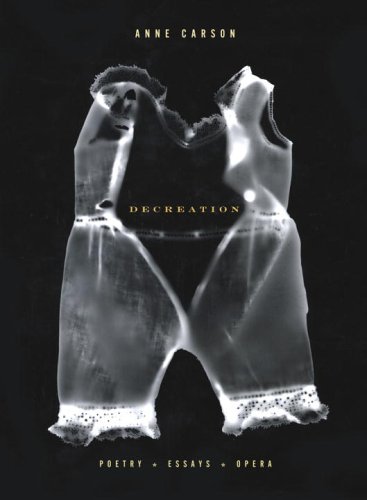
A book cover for Decreation: Poetry, Essays, Opera; Anne Carson; Literature & Fiction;